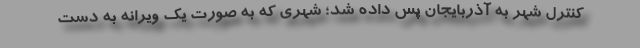
کنترل شهر به آذربایجان پس داده شد؛ شهری که به صورت یک ویرانه به دست